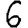
Digit: 6